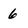
Character: 6